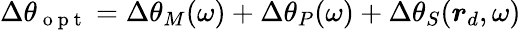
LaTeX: \Delta\theta_{\mathrm{~o~p~t~}}=\Delta\theta_{M}(\omega)+\Delta\theta_{P}(\omega)+\Delta\theta_{S}(\boldsymbol{r}_{d},\omega)